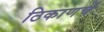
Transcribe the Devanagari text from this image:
ठिकाणचें